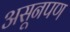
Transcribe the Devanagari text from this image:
असूनपण